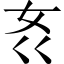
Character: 𱙃